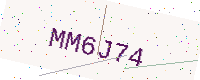
Text: MM6J74